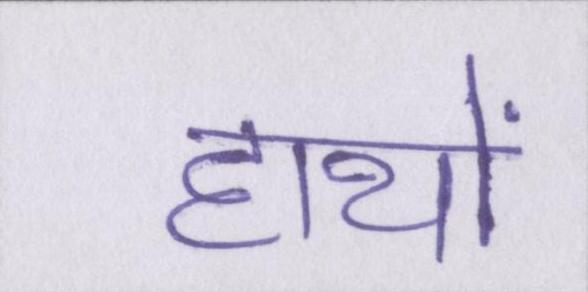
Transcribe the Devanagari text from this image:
हाथों